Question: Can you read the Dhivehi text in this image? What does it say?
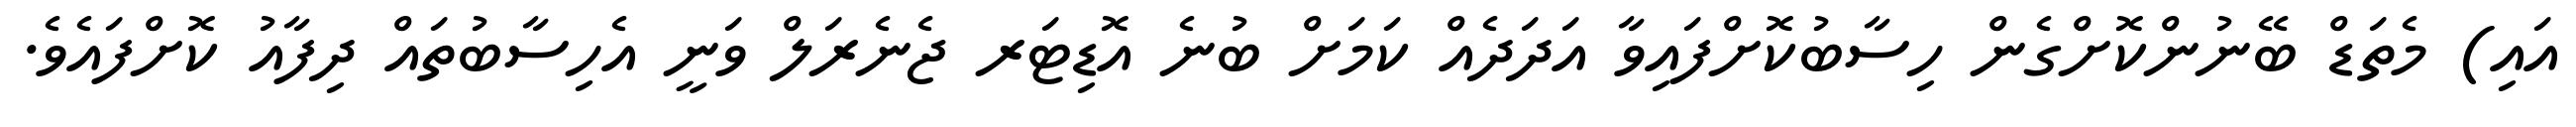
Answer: އައި) މެތަޑް ބޭނުންކޮށްގެން ހިސާބުކޮށްފައިވާ އަދަދެއް ކަމަށް ބުނެ އޮޑިޓަރ ޖެނެރަލް ވަނީ އެހިސާބުތައް ދިފާއު ކޮށްފައެވެ.